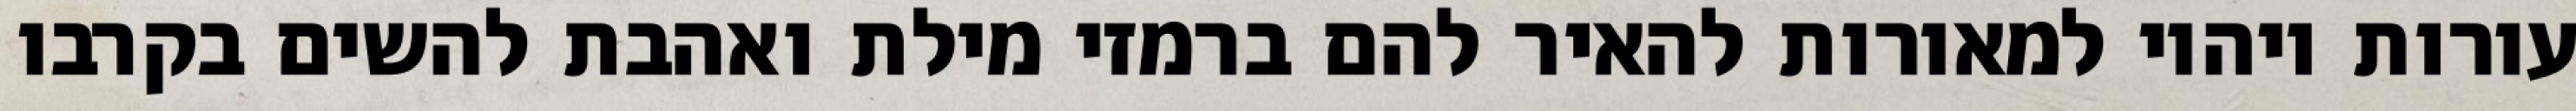
עורות ויהיו למאורות להאיר להם ברמזי מילת ואהבת להשים בקרבו